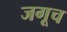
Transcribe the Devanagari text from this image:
जगूच